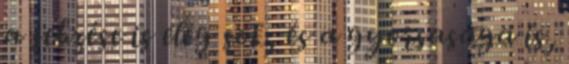
a sebzése is elég sok, és a gyorsasága is,